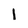
Character: i